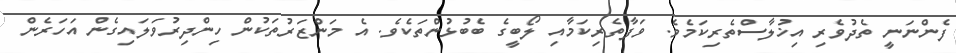
ފެންނަނީ ތެދުވެރި އިޚުލާސްތެރިކަމެވެ. ވަފާތެރިކަމާއި ލޯބީގެ ބެބުޅުންތަކެވެ. އެ މަންޒަރުތަކުން ހިންދިރުވަލައިގެން އަހަރެން